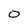
Character: o